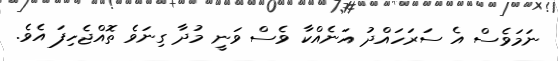
ނަމަވެސް އެ ސަރަހައްދު އަނެއްކާ ވެސް ވަނީ މުދާ ގިނަވެ ތޮއްޖެހިފަ އެވެ.